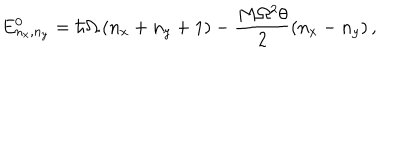
LaTeX: E _ { n _ { x } , n _ { y } } ^ { 0 } = \hbar \Omega \left( n _ { x } + n _ { y } + 1 \right) - \frac { M \Omega ^ { 2 } \theta } { 2 } \left( n _ { x } - n _ { y } \right) ,